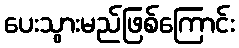
ပေးသွားမည်ဖြစ်ကြောင်း